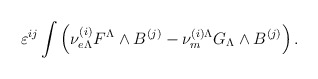
\begin{align*}\varepsilon^{ij} \int \left({\nu}^{(i)}_{e\Lambda}F^{\Lambda}\wedge B^{(j)} - {\nu}^{(i)\Lambda}_m G_{\Lambda}\wedge B^{(j)} \right).\end{align*}